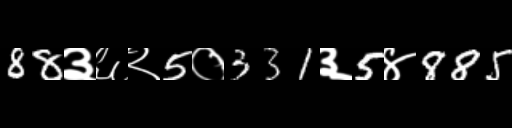
Text: 88३६२5०331३5४885